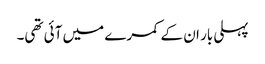
پہلی بار ان کے کمرے میں آئی تھی۔